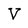
Character: V